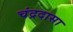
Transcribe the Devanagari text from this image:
चंद्रदासा